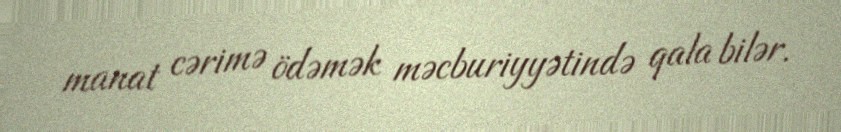
manat cərimə ödəmək məcburiyyətində qala bilər.